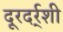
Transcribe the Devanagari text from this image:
दूरदर्र्शी